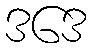
ဒဒေ